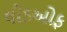
લીડઓફ